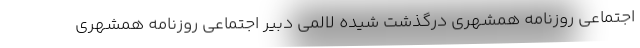
اجتماعی روزنامه همشهری درگذشت شیده لالمی دبیر اجتماعی روزنامه همشهری